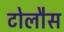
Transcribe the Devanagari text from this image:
टोलौस